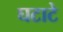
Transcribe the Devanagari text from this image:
घटाटे